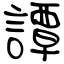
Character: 譚